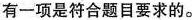
有一项是符合题目要求的。